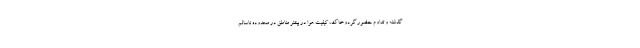
گذشته و تداوم حضور گردوخاک، کیفیت هوا در بیشتر مناطق در محدوده ناسالم